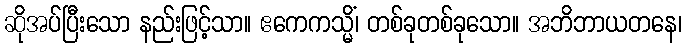
ဆိုအပ်ပြီးသော နည်းဖြင့်သာ။ ဧကေကသ္မိံ၊ တစ်ခုတစ်ခုသော။ အဘိဘာယတနေ၊